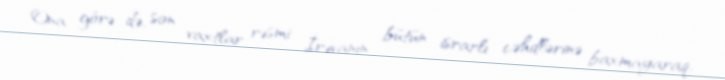
Ona görə də, son vaxtlar rəsmi İrəvanın bütün israrlı cəhdlərinə baxmayaraq,